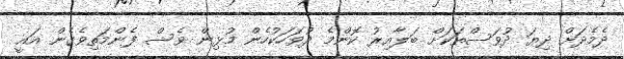
ދެމެދަށް ދިޔަ ދުވަސްތަކަށް ބަލާއިރު ކޮންމެ ދުވަހަކުހެން މުޅިން ވެސް ފެންމަތިވެގެން އައީ